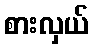
စားလှယ်